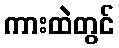
ကားထဲတွင်